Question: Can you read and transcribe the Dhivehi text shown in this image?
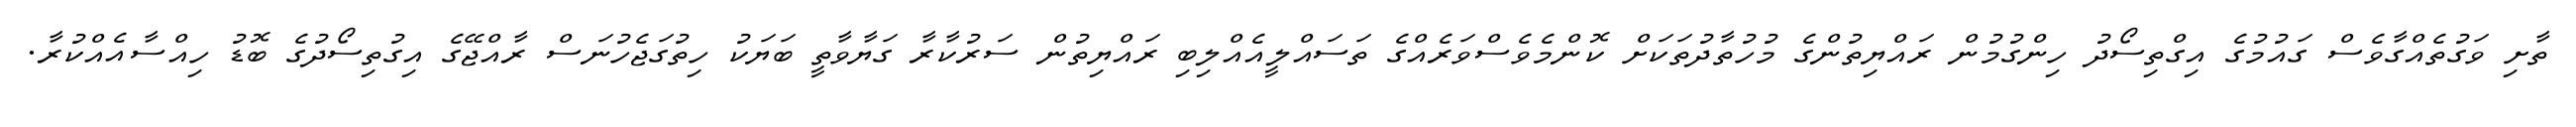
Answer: ތާށި ވަގުތެއްގާވެސް ގައުމުގެ އިގްތިސޯދު ހިންގުމުން ރައްޔިތުންގެ މުހުތާދުތަކަށް ކޮންމެވެސްވަރެއްގެ ތަސައްލީއެއްލިބި ރައްޔިތުން ސަރުކާރާ ގަޔާވާތީ ބަޔަކު ހިތުގަޖެހުނަސް ރާއްޖޭގެ އިގުތިސޯދުގެ ބޮޑު ހިއްސާއެއްކުރާ.